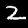
Label: 2